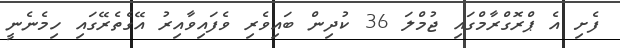
ފެށި އެ ޕްރޮގްރާމްގައި ޖުމްލަ 36 ކުދިން ބައިވެރި ވެފައިވާއިރު އޭގެތެރޭގައި ހިމެނެނީ